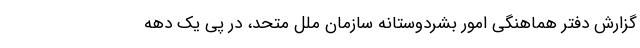
گزارش دفتر هماهنگی امور بشردوستانه سازمان ملل متحد، در پی یک دهه